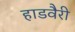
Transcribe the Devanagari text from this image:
हाडवैरी